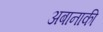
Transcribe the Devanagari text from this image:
अबानाकी